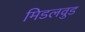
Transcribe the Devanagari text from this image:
मिडलवुड